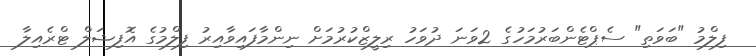
ފިލްމު "ބަވަތި" ސެޕްޓެންބަރުމަހުގެ 2ވަނަ ދުވަހު ރިލީޒްކުރުމަށް ނިންމާފައިވާއިރު ފިލްމުގެ އޮފިޝަލް ޓްރެއިލާ